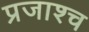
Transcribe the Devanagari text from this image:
प्रजाश्‍च